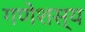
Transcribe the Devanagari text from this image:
गणेशस्य